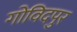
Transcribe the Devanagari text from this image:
गोविदपुर